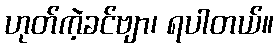
ဟုတ်ကဲ့ခင်ဗျာ၊ ရပါတယ်။